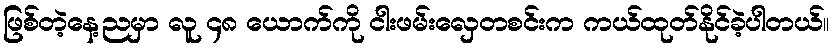
ဖြစ်တဲ့နေ့ညမှာ လူ ၄၈ ယောက်ကို ငါးဖမ်းလှေတစင်းက ကယ်ထုတ်နိုင်ခဲ့ပါတယ်။